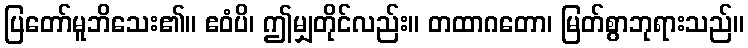
ပြတော်မူဘိသေး၏။ ဧဝံပိ၊ ဤမျှတိုင်လည်း။ တထာဂတော၊ မြတ်စွာဘုရားသည်။